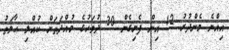
އިއްޔެ މެންދުރު 12 އިން ފެށިގެން 30 ދުވަހުގެ މުއްދަތަށް ކުއްލި ޙާލަތު